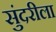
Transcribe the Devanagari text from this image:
सुंदरीला